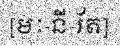
[មៈ-នី-រ័ត]